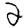
Digit: 2